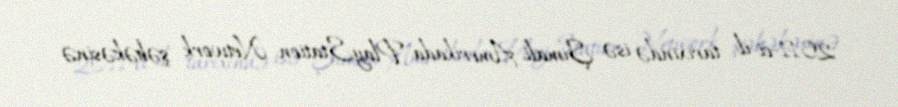
2011-ci il tarixində isə Şimali Amerikada PlayStation Network şəbəkəsinə